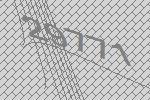
29771